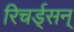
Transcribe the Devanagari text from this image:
रिचर्ड्‌सन्‌